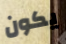
يكون